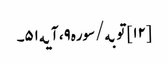
[۱۲] توبه/سوره۹، آیه۵۱۔